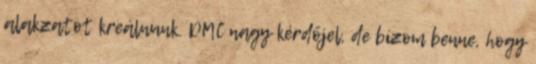
alakzatot kreálnunk. DMC nagy kérdőjel, de bízom benne, hogy